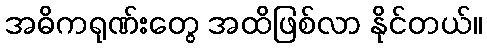
အဓိကရုဏ်းတွေ အထိဖြစ်လာ နိုင်တယ်။